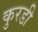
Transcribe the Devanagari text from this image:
कुरडी